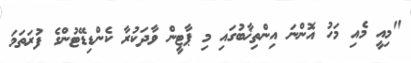
"މިއީ މެއި މަހު އޮންނަ އިންތިޚާބުގައި މި ޕާޓީން ވާދަކުރާ ކެންޑިޑޭޓުންގެ ފުރަތަމަ